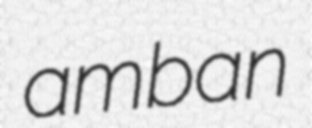
amban